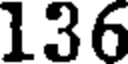
136